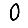
Digit: 0